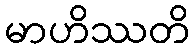
မာဟိဿတိ